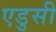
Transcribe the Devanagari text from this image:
एडुसी